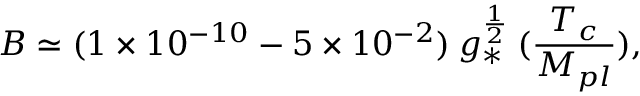
B \simeq ( 1 \times 1 0 ^ { - 1 0 } - 5 \times 1 0 ^ { - 2 } ) \: g _ { * } ^ { \frac { 1 } { 2 } } \: ( { \frac { T _ { c } } { M _ { p l } } } ) ,